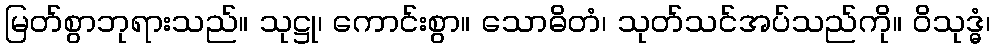
မြတ်စွာဘုရားသည်။ သုဋ္ဌု၊ ကောင်းစွာ။ သောဓိတံ၊ သုတ်သင်အပ်သည်ကို။ ဝိသုဒ္ဓံ၊